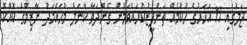
ޖަލުގައި 11 އަހަރުގެ ޙުކުމެއް ތަންފީޒުކުރައްވަމުން ގެންދަވާ ކާނަލް މުޙައްމަދު ނާޒިމްގެ ކޮއްކޮ